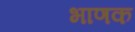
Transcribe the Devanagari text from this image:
भाणक